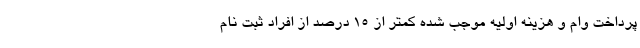
پرداخت وام و هزینه اولیه موجب شده کمتر از ۱۵ درصد از افراد ثبت نام